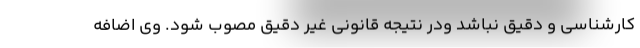
کارشناسی و دقیق نباشد ودر نتیجه قانونی غیر دقیق مصوب شود. وی اضافه